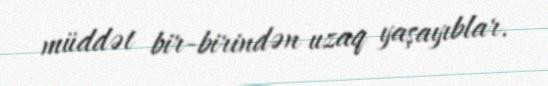
müddət bir-birindən uzaq yaşayıblar.